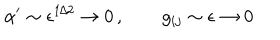
\alpha ^ { \prime } \sim \epsilon ^ { 1 / 2 } \to 0 \, , \qquad g _ { i j } \sim \epsilon \to 0